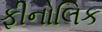
ફીનોલિક